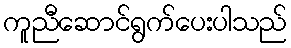
ကူညီဆောင်ရွက်ပေးပါသည်